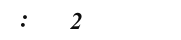
:   2